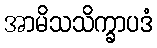
အာမိသသိက္ခာပဒံ